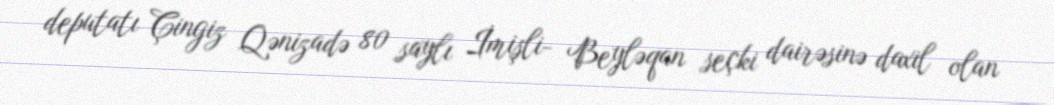
deputatı Çingiz Qənizadə 80 saylı İmişli- Beyləqan seçki dairəsinə daxil olan